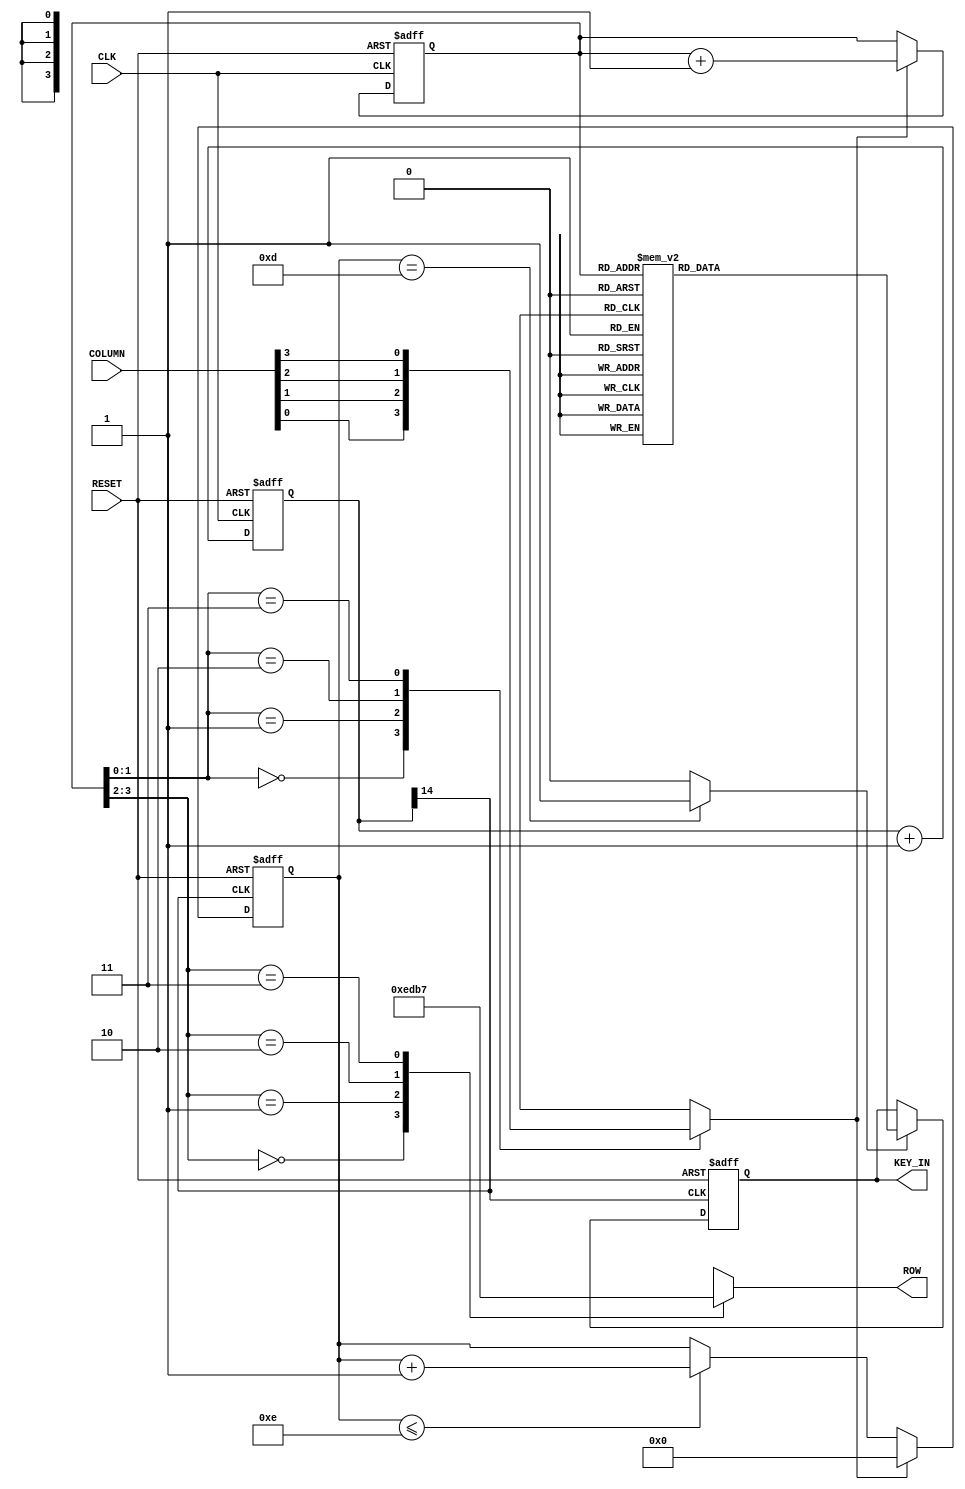
module KeyBoard_ctrl_1(ROW, KEY_IN, COLUMN, CLK, RESET);
  input  CLK;
  input  RESET;
  input  [3:0]  COLUMN;
  output [3:0]  ROW;
  output [3:0]  KEY_IN;
  reg    [3:0]  ROW;
  reg    [3:0]  DEBOUNCE_COUNT;
  reg    [3:0]  SCAN_CODE;
  reg    [3:0]  SCAN_NUMBER;
  reg    [3:0]  DECODE_BCD0;
  reg    [3:0]  DECODE_BCD1;  
  reg    [3:0]  KEY_CODE;
  reg    [3:0] KEY_BUFFER;
  reg    [14:0] DIVIDER;
  reg    PRESS;
  wire   PRESS_VALID;
  wire   DEBOUNCE_CLK;
  wire   SCAN_CLK;
  always @(posedge CLK or negedge RESET)
    begin 
	     if (!RESET) 
	        DIVIDER <= {12'h000,2'b00};
	     else
	        DIVIDER <= DIVIDER + 1;
	end 
  assign DEBOUNCE_CLK = DIVIDER[14];
  assign SCAN_CLK     = DIVIDER[14];
  always @(posedge CLK or negedge RESET)
    begin
      if (!RESET) 
	        SCAN_CODE <= 4'h0;
      else if (PRESS)
	        SCAN_CODE <= SCAN_CODE + 1;
    end
  always @(SCAN_CODE,COLUMN)
    begin
      case (SCAN_CODE[3:2])
        2'b00 : ROW = 4'b1110;
        2'b01 : ROW = 4'b1101;
        2'b10 : ROW = 4'b1011;
        2'b11 : ROW = 4'b0111;
      endcase
      case (SCAN_CODE[1:0])
        2'b00 : PRESS = COLUMN[0];
        2'b01 : PRESS = COLUMN[1];
        2'b10 : PRESS = COLUMN[2];
        2'b11 : PRESS = COLUMN[3];
      endcase
    end
  always @(posedge DEBOUNCE_CLK or negedge RESET)
   begin
    if (!RESET)
	     DEBOUNCE_COUNT <= 4'h0;
	   else if (PRESS)
      DEBOUNCE_COUNT <= 4'h0;
    else if (DEBOUNCE_COUNT <= 4'hE)
	     DEBOUNCE_COUNT <= DEBOUNCE_COUNT + 1;
   end 
  assign PRESS_VALID = (DEBOUNCE_COUNT == 4'hD)? 1'b1 : 1'b0;
  always @(SCAN_CODE)
   begin
     case (SCAN_CODE)
	   4'b0000 : SCAN_NUMBER = 4'hF;
	   4'b0001 : SCAN_NUMBER = 4'hE;
	   4'b0010 : SCAN_NUMBER = 4'hD;
	   4'b0011 : SCAN_NUMBER = 4'hC;
	   4'b0100 : SCAN_NUMBER = 4'hB;
	   4'b0101 : SCAN_NUMBER = 4'h3;
	   4'b0110 : SCAN_NUMBER = 4'h6;
	   4'b0111 : SCAN_NUMBER = 4'h9;
	   4'b1000 : SCAN_NUMBER = 4'hA;
	   4'b1001 : SCAN_NUMBER = 4'h2;
	   4'b1010 : SCAN_NUMBER = 4'h5;
	   4'b1011 : SCAN_NUMBER = 4'h8;	   
	   4'b1100 : SCAN_NUMBER = 4'h0;
	   4'b1101 : SCAN_NUMBER = 4'h1;
	   4'b1110 : SCAN_NUMBER = 4'h4;
	   4'b1111 : SCAN_NUMBER = 4'h7;	   
	 endcase
   end
  always @(negedge DEBOUNCE_CLK or negedge RESET)
   begin
    if (!RESET)
      KEY_BUFFER <= 4'h0;
    else if (PRESS_VALID)
      KEY_BUFFER <= SCAN_NUMBER;
   end
	assign KEY_IN = KEY_BUFFER;
endmodule